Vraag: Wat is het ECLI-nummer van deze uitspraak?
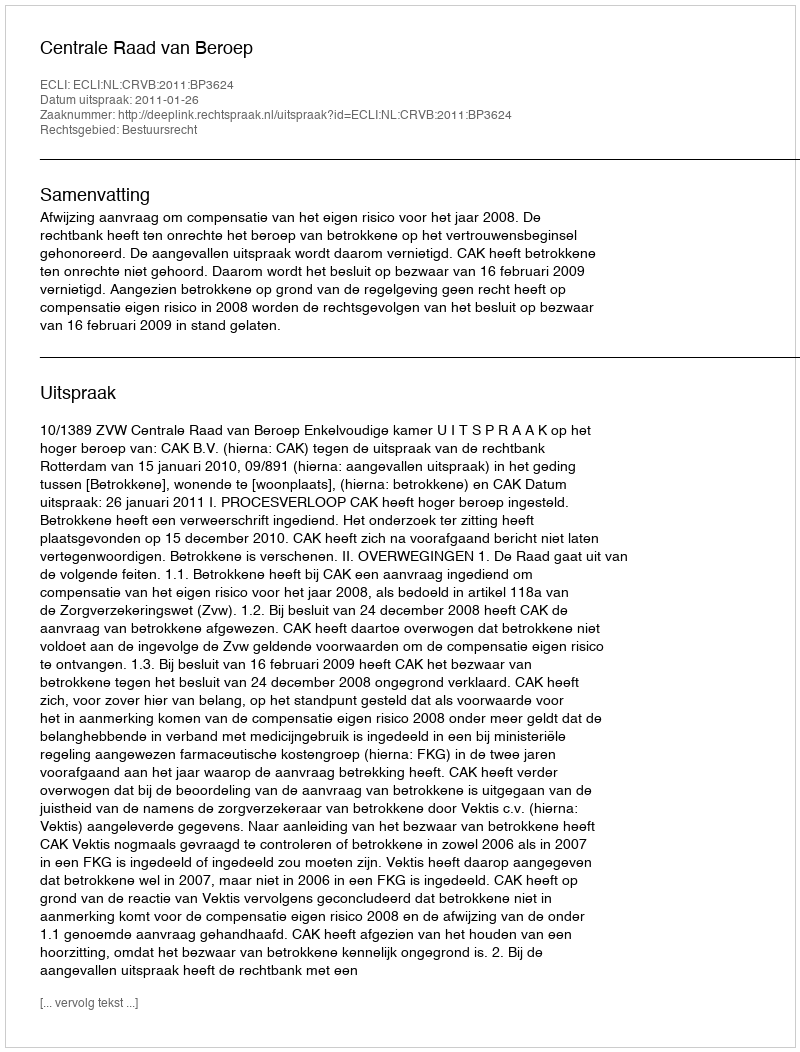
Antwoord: ECLI:NL:CRVB:2011:BP3624